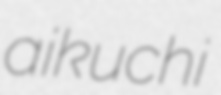
aikuchi